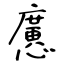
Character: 懬